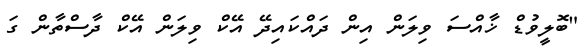
"ބޮލީވުޑް ޚާއްސަ ވިލަން އިން ދައްކައިދޭ އޭކް ވިލަން އޭކް ދާސްތާން ގަ